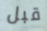
قبل